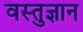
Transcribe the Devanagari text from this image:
वस्तुज्ञान